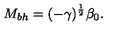
M _ { b h } = ( - \gamma ) ^ { \frac { 1 } { 2 } } \beta _ { 0 } .